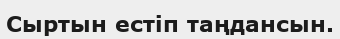
Сыртын естіп таңдансын.